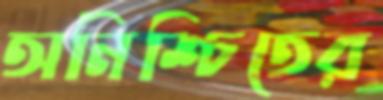
অনিশ্চিতের